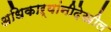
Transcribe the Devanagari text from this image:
अधिकाऱ्यांनीदेखील